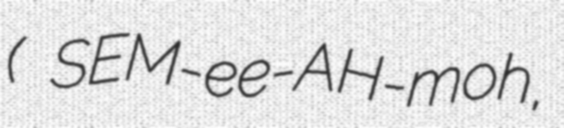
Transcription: ( SEM-ee-AH-moh,